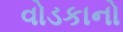
વોડકાનો